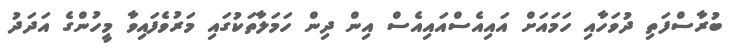
ބުރާސްފަތި ދުވަހާއި ހަމައަށް އައިއެސްއައިއެސް އިން ދިން ހަމަލާތަކުގައި މަރުވެފައިވާ މީހުންގެ އަދަދު